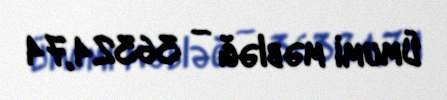
Ümumi məbləğ — 36324,74